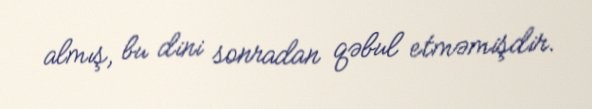
almış, bu dini sonradan qəbul etməmişdir.